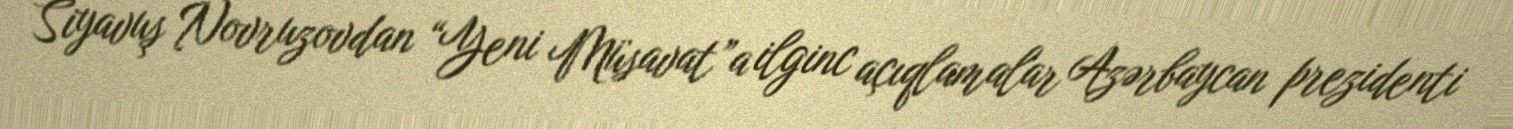
Siyavuş Novruzovdan “Yeni Müsavat”a ilginc açıqlamalar Azərbaycan prezidenti